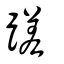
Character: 蹉